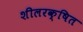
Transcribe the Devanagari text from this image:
शीलरक्षित